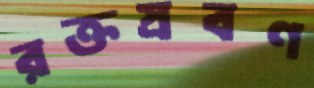
রক্তস্রবণ